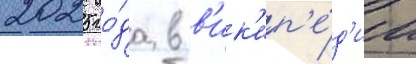
2025 го́да в в'ик'ип'е́д'ии